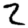
Digit: 2